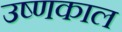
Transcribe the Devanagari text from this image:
उष्णकाल